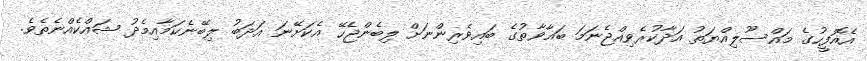
އެއޮފީހުގެ މައްސޫލިއްޔަތު އަދާކުރެވިއްޖެނަމަ ބަޣާވާތުގެ ބައިވެރިންނަށް ލިބެންޖެހޭ އެކަށޭނަ އަދަބު ލިބޭނެކަމާއިމެދު ޝައްކެއްނެތެެވެ.